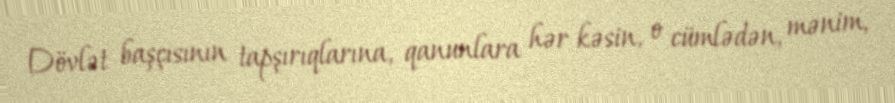
Dövlət başçısının tapşırıqlarına, qanunlara hər kəsin, o cümlədən, mənim,